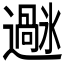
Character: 𫑌